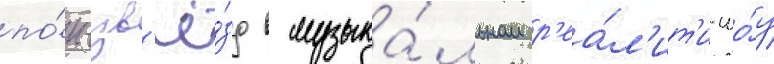
по́п-зв'ё́зд в музыка́льном р'еа́л'ит'и-шо́у